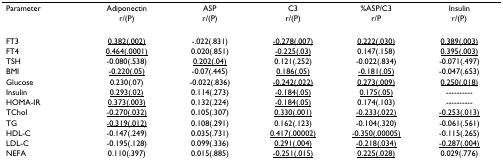
<table><thead><tr><td><b>Parameter</b></td><td><b>Adiponectin</b></td><td><b>ASP</b></td><td><b>C3</b></td><td><b>%ASP/C3</b></td><td><b>Insulin</b></td></tr><tr><td></td><td><b>r/(P)</b></td><td><b>r/(P)</b></td><td><b>r/(P)</b></td><td><b>r/P</b></td><td><b>r/(P)</b></td></tr></thead><tbody><tr><td>FT3</td><td><underline>0.382(.002)</underline></td><td>-.022(.831)</td><td><underline>-0.278(.007)</underline></td><td><underline>0.222(.030)</underline></td><td><underline>0.389(.003)</underline></td></tr><tr><td>FT4</td><td><underline>0.464(.0001)</underline></td><td>0.020(.851)</td><td><underline>-0.225(.03)</underline></td><td>0.147(.158)</td><td><underline>0.395(.003)</underline></td></tr><tr><td>TSH</td><td>-0.080(.538)</td><td><underline>0.202(.04)</underline></td><td>0.121(.252)</td><td>-0.022(.834)</td><td>-0.071(.497)</td></tr><tr><td>BMI</td><td><underline>-0.220(.05)</underline></td><td>-0.07(.445)</td><td><underline>0.186(.05)</underline></td><td><underline>-0.181(.05)</underline></td><td>-0.047(.653)</td></tr><tr><td>Glucose</td><td>0.230(.07)</td><td>-0.022(.836)</td><td><underline>-0.242(.022)</underline></td><td><underline>0.273(.009)</underline></td><td><underline>0.250(.018)</underline></td></tr><tr><td>Insulin</td><td><underline>0.293(.02)</underline></td><td>0.114(.273)</td><td><underline>-0.184(.05)</underline></td><td><underline>0.175(.05)</underline></td><td>----------</td></tr><tr><td>HOMA-IR</td><td><underline>0.373(.003)</underline></td><td>0.132(.224)</td><td><underline>-0.184(.05)</underline></td><td>0.174(.103)</td><td>----------</td></tr><tr><td>TChol</td><td><underline>-0.270(.032)</underline></td><td>0.105(.307)</td><td><underline>0.330(.001)</underline></td><td><underline>-0.233(.022)</underline></td><td><underline>-0.253(.013)</underline></td></tr><tr><td>TG</td><td><underline>-0.319(.012)</underline></td><td>0.108(.291)</td><td>0.162(.123)</td><td>-0.104(.320)</td><td>-0.061(.561)</td></tr><tr><td>HDL-C</td><td>-0.147(.249)</td><td>0.035(.731)</td><td><underline>0.417(.00002)</underline></td><td><underline>-0.350(.00005)</underline></td><td>-0.115(.265)</td></tr><tr><td>LDL-C</td><td>-0.195(.128)</td><td>0.099(.336)</td><td><underline>0.291(.004)</underline></td><td><underline>-0.218(.034)</underline></td><td><underline>-0.287(.004)</underline></td></tr><tr><td>NEFA</td><td>0.110(.397)</td><td>0.015(.885)</td><td><underline>-0.251(.015)</underline></td><td><underline>0.225(.028)</underline></td><td>0.029(.776)</td></tr></tbody></table>